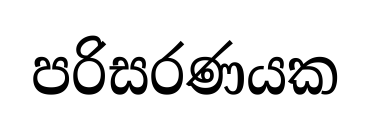
පරිසරණයක